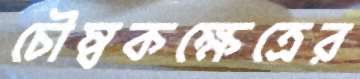
চৌম্বকক্ষেত্রের